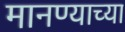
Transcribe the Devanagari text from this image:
मानण्याच्या